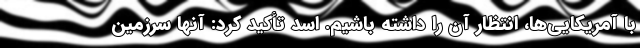
با آمریکایی‌ها، انتظار آن را داشته باشیم. اسد تأکید کرد: آنها سرزمین